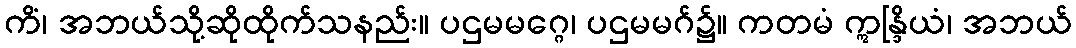
ကိံ၊ အဘယ်သို့ဆိုထိုက်သနည်း။ ပဌမမဂ္ဂေ၊ ပဌမမဂ်၌။ ကတမံ ဣန္ဒြိယံ၊ အဘယ်